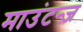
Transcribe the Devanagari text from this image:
माउंटन्ज़